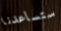
ستساعدنا